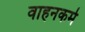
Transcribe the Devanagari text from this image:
वाहनकर्म